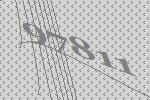
97811